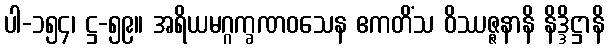
ပါ-၁၅၄၊ ဋ္ဌ-၅၉။ အရိယမဂ္ဂက္ခဏဝသေန ဧကတိံသ ဝိဿဇ္ဇနာနိ နိဒ္ဒိဋ္ဌာနိ